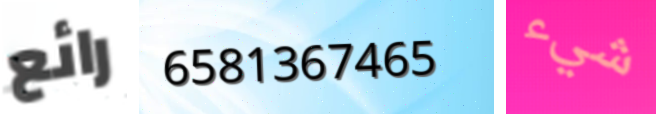
رائع 6581367465 شيء